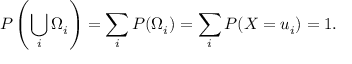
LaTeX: P \left( \bigcup _ { i } \Omega _ { i } \right) = \sum _ { i } P ( \Omega _ { i } ) = \sum _ { i } P ( X = u _ { i } ) = 1 .